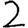
Digit: 2